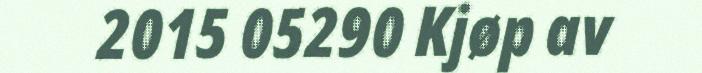
2015 05290 Kjøp av